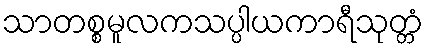
သာတစ္စမူလကသပ္ပါယကာရီသုတ္တံ